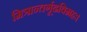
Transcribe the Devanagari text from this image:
मित्रान्तर्गूढविग्रहः।